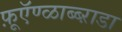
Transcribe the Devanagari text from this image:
फ़ूऍण्ळाब्ब्ऱाडा